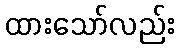
ထားသော်လည်း